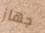
جهاز